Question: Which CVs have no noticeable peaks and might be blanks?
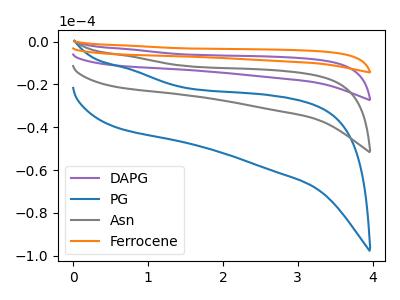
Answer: <think>The purple curve "DAPG" has no peaks. The blue curve "PG" has no peaks. The gray curve "Asn" has no peaks. The orange curve "Ferrocene" has no peaks.</think>
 <answer>"DAPG", "PG", "Asn" and "Ferrocene" are likely to be blanks.</answer>
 <eval>"DAPG", "PG", "Asn", "Ferrocene"</eval>